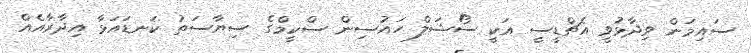
ސައިމަން ވިދާޅުވީ އެޗްޑީސީ އަކީ ސޯޝަލް ހައުސިން ސްކީމްގެ ސިޔާސަތު ކަނޑައަޅާ އިދާރާއެއް